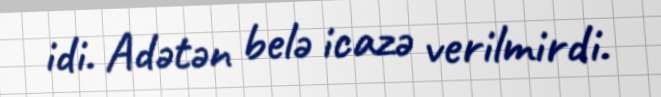
idi. Adətən belə icazə verilmirdi.